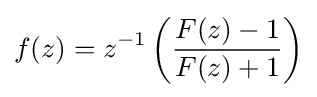
f(z)=z^{-1}\left({\frac {F(z)-1}{F(z)+1}}\right)